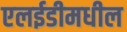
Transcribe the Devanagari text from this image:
एलईडीमधील